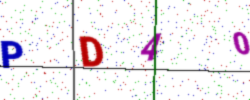
Text: PD40